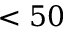
< 5 0